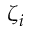
\zeta _ { i }